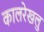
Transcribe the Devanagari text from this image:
कालरेखलु